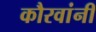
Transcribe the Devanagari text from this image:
कौरवांनीं